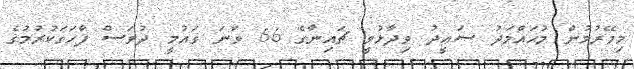
މިމޭރުމުން މުޙައްމަދު ސަޢީދު ވިދާޅުވީ ޗައިނާގެ 66 ވަނަ ޤައުމީ ދުވަސް ފާހަގަކުރުމުގެ